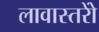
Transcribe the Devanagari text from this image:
लावास्तरोें